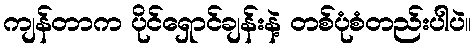
ကျန်တာက ပိုင်ရှောင်ချန်းနဲ့ တစ်ပုံစံတည်းပါပဲ။